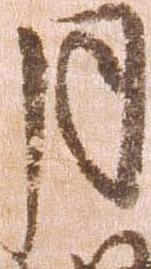
月